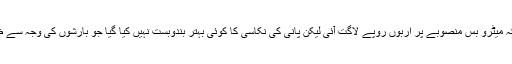
انہوں نے کہا کہ میٹرو بس منصوبے پر اربوں روپے لاگت آئی لیکن پانی کی نکاسی کا کوئی بہتر بندوبست نہیں کیا گیا جو بارشوں کی وجہ سے ظاہر ہو گیا ہے۔